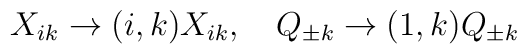
X_{ik}\to (i,k)X_{ik}, \quad Q_{\pm k}\to (1,k)Q_{\pm k}